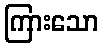
ကြားသော